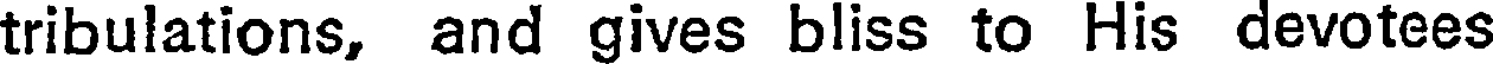
tribulations, and gives bliss to His devotees